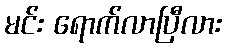
မင်း ရောက်လာပြီလား